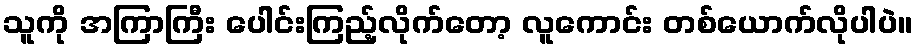
သူကို အကြာကြီး ပေါင်းကြည့်လိုက်တော့ လူကောင်း တစ်ယောက်လိုပါပဲ။